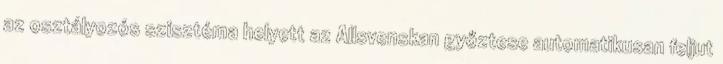
az osztályozós szisztéma helyett az Allsvenskan győztese automatikusan feljut